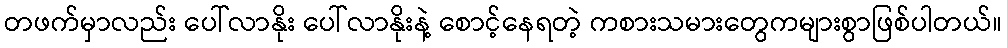
တဖက်မှာလည်း ပေါ်လာနိုး ပေါ်လာနိုးနဲ့ စောင့်နေရတဲ့ ကစားသမားတွေကများစွာဖြစ်ပါတယ်။